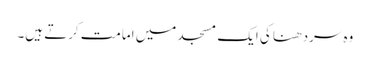
وہ سردھنا کی ایک مسجد میں امامت کرتے ہیں۔